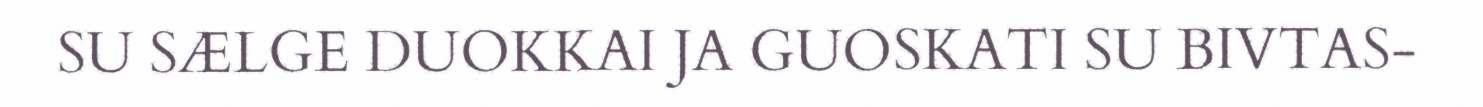
SU SÆLGE DUOKKAI JA GUOSKATI SU BIVTAS-